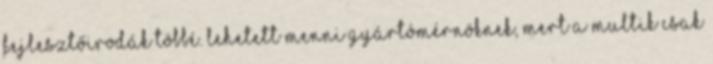
fejlesztőirodák többé. Lehetett menni gyártómérnöknek, mert a multik csak